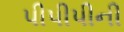
પીપીપીની